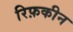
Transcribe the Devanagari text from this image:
रिफ़कीन